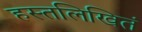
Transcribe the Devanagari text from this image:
हस्तलिखितं